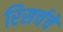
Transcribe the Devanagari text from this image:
रिसर्चचे